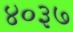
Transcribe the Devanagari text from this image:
४०३७